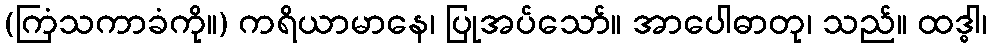
(ကြံသကာခံကို။) ကရိယာမာနေ၊ ပြုအပ်သော်။ အာပေါဓာတု၊ သည်။ ထဒ္ဓါ၊